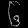
Digit: ၆